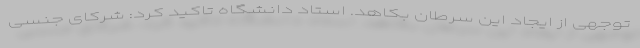
توجهی از ایجاد این سرطان بکاهد. استاد دانشگاه تاکید کرد: شرکای جنسی